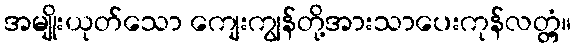
အမျိုးယုတ်သော ကျေးကျွန်တို့အားသာပေးကုန်လတ္တံ့။